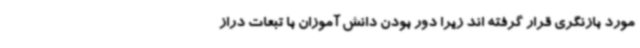
مورد بازنگری قرار گرفته اند زیرا دور بودن دانش آموزان با تبعات دراز